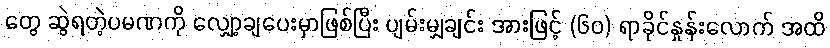
တွေ ဆွဲရတဲ့ပမဏကို လျှော့ချပေးမှာဖြစ်ပြီး ပျမ်းမျှချင်း အားဖြင့် (၆၀) ရာခိုင်နှုန်းလောက် အထိ